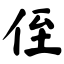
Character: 侄